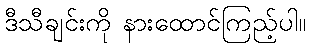
ဒီသီချင်းကို နားထောင်ကြည့်ပါ။